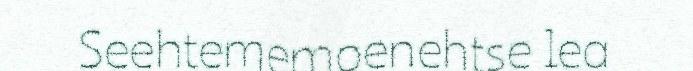
Seehtememoenehtse lea